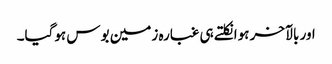
اور بالآخر ہوا نکلتے ہی غبارہ زمین بوس ہوگیا۔